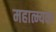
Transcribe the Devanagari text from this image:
महात्म्यका